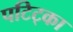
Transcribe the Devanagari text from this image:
पटिट्का